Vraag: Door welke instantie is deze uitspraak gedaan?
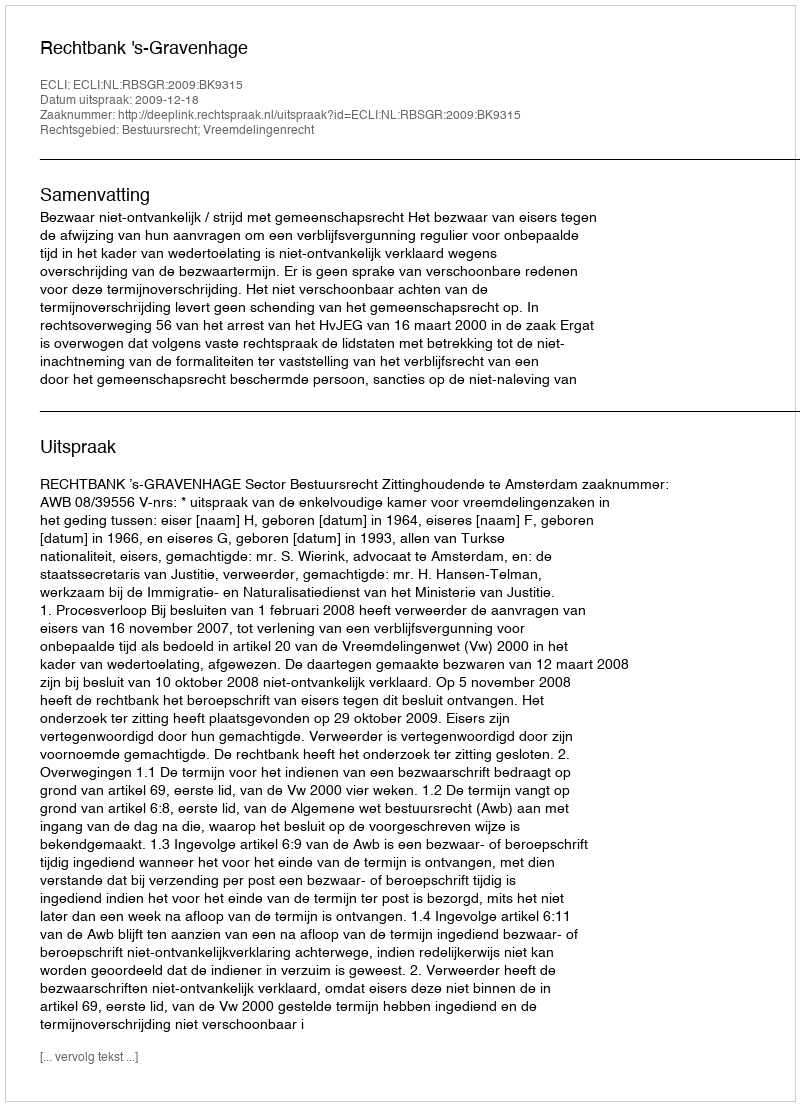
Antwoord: Rechtbank 's-Gravenhage